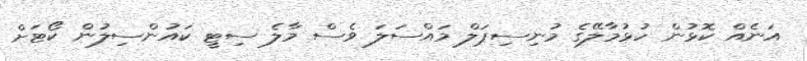
އަނެއް ކޮޅުން ހުޅުމާލޭގެ މުނިސިޕަލް މައްސަލަ ވެސް މާލެ ސިޓީ ކައުންސިލުން ކޯޓަށް